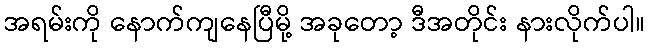
အရမ်းကို နောက်ကျနေပြီမို့ အခုတော့ ဒီအတိုင်း နားလိုက်ပါ။